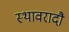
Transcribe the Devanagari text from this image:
स्थावरादौ